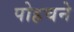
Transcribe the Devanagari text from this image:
पोहचने